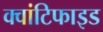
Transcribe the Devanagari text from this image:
क्वांटिफाइड